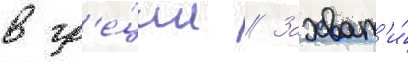
в гр'е́ции // Захват'и́